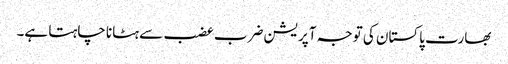
بھارت پاکستان کی توجہ آپریشن ضرب عضب سے ہٹانا چاہتا ہے۔